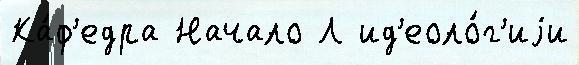
Ка́ф'едра Начало Л ид'еоло́г'иjи